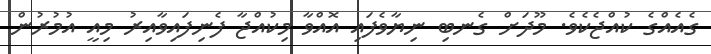
ގެއެއްގެ ކުއްޖެކެވެ. މޫދަށް ގެނބި ނިޔާވެފައި އޮއްވާ މިކުއްޖާ ފެނިފައިވާއިރު މިއީ އުމުރުން